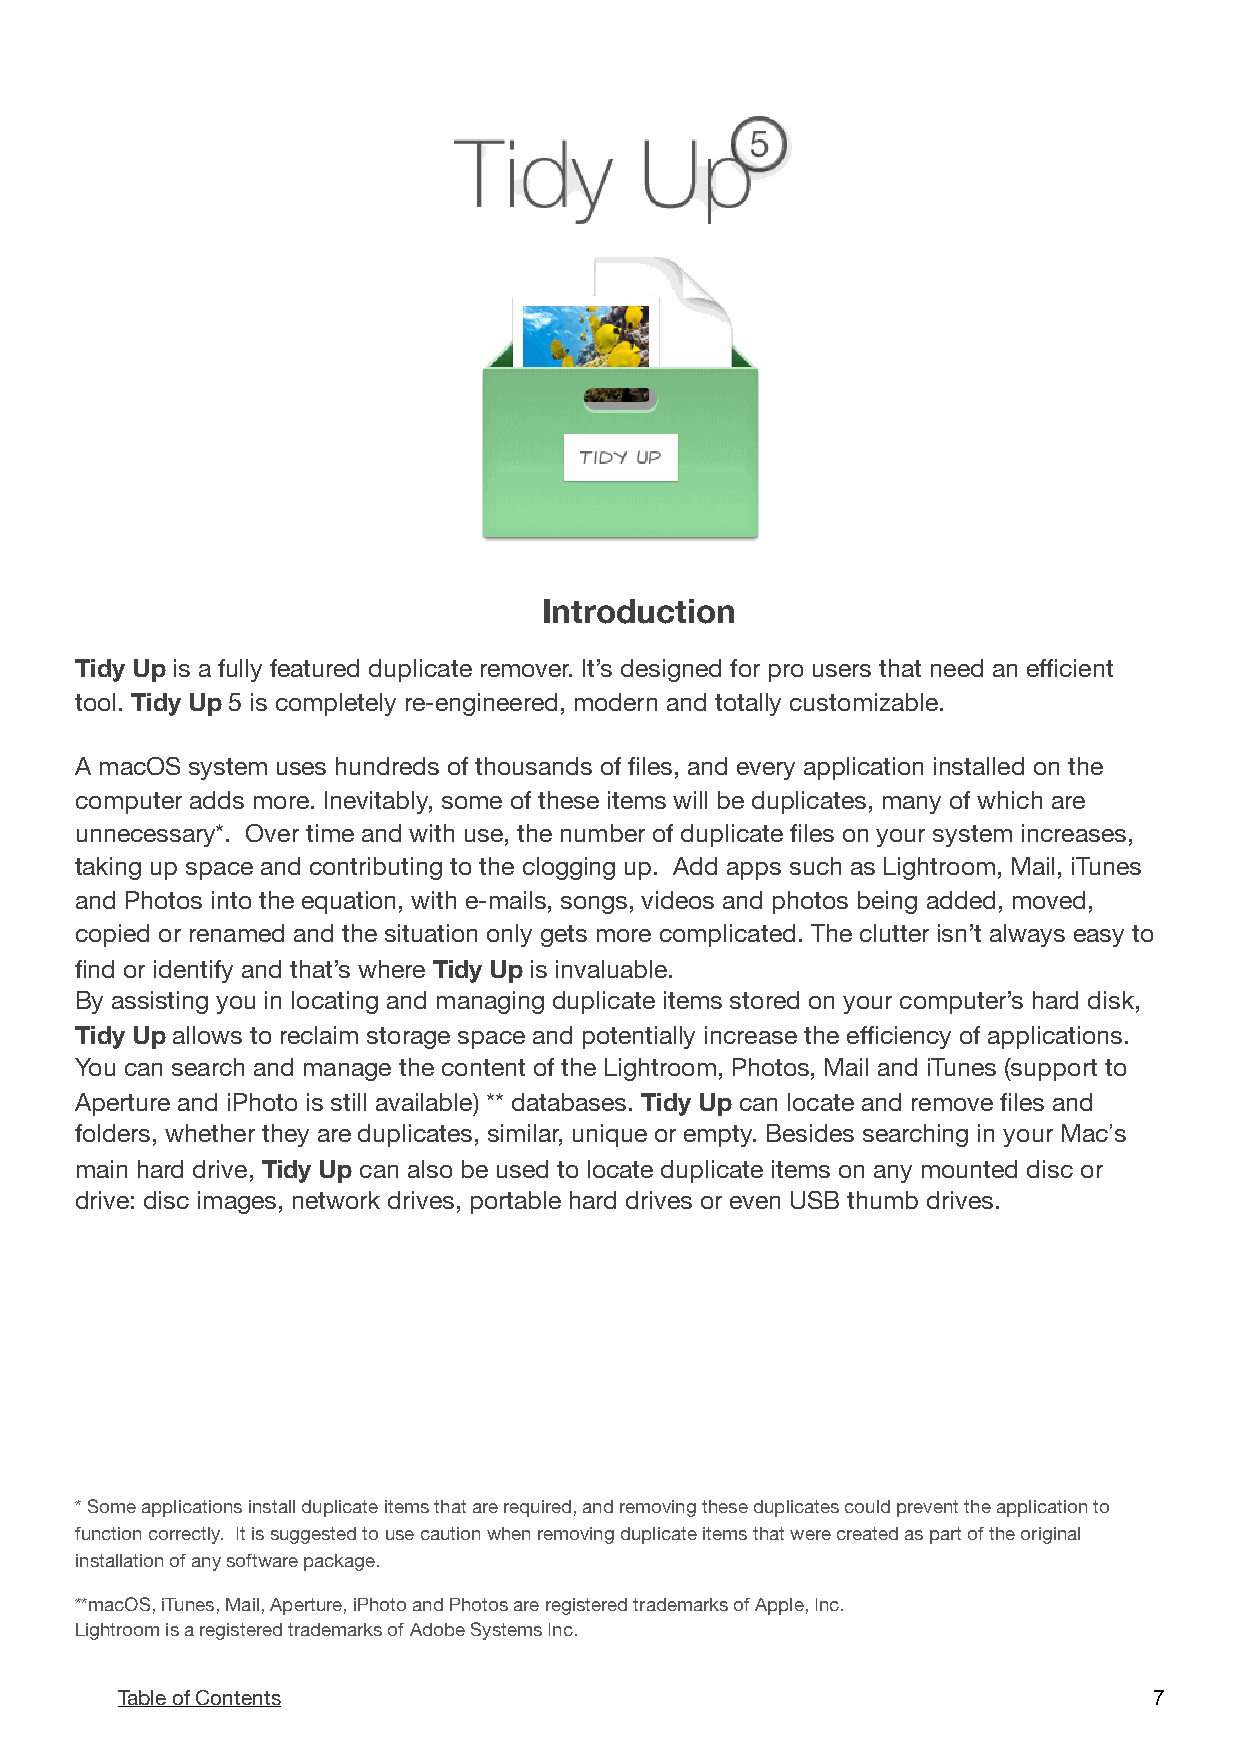
!
 Introduction
 Tidy Up is a fully featured duplicate remover. It’s designed for pro users that need an efficient
 tool. Tidy Up 5 is completely re-engineered, modern and totally customizable.
 A macOS system uses hundreds of thousands of files, and every application installed on the
 computer adds more. Inevitably, some of these items will be duplicates, many of which are
 unnecessary*. Over time and with use, the number of duplicate files on your system increases,
 taking up space and contributing to the clogging up. Add apps such as Lightroom, Mail, iTunes
 and Photos into the equation, with e-mails, songs, videos and photos being added, moved,
 copied or renamed and the situation only gets more complicated. The clutter isn’t always easy to
 find or identify and that’s where Tidy Up is invaluable.
 By assisting you in locating and managing duplicate items stored on your computer’s hard disk,
 Tidy Up allows to reclaim storage space and potentially increase the efficiency of applications.
 You can search and manage the content of the Lightroom, Photos, Mail and iTunes (support to
 Aperture and iPhoto is still available) ** databases. Tidy Up can locate and remove files and
 folders, whether they are duplicates, similar, unique or empty. Besides searching in your Mac’s
 main hard drive, Tidy Up can also be used to locate duplicate items on any mounted disc or
 drive: disc images, network drives, portable hard drives or even USB thumb drives.
 * Some applications install duplicate items that are required, and removing these duplicates could prevent the application to
 function correctly. It is suggested to use caution when removing duplicate items that were created as part of the original
 installation of any software package.
 **macOS, iTunes, Mail, Aperture, iPhoto and Photos are registered trademarks of Apple, Inc.
 Lightroom is a registered trademarks of Adobe Systems Inc.
 Table of Contents                                                   7